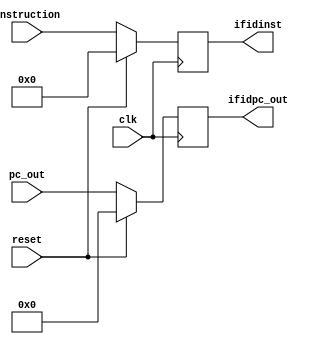
`timescale 1ns / 1ps


module ifidreg(
input clk,
input reset,
input [63:0] pc_out,
input [31:0] instruction,
output reg [63:0] ifidpc_out,
output reg [31:0] ifidinst);

always @(posedge clk) begin
    if (reset == 1'b1) begin
        ifidpc_out = 0;
        ifidinst = 0;
        end
    else begin
        ifidpc_out = pc_out;
        ifidinst = instruction;
        end
end

endmodule